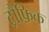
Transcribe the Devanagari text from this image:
ट्रौफ़िक